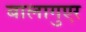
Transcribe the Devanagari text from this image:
बालागुएर